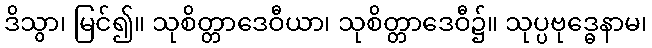
ဒိသွာ၊ မြင်၍။ သုစိတ္တာဒေဝီယာ၊ သုစိတ္တာဒေဝီ၌။ သုပ္ပဗုဒ္ဓေနာမ၊